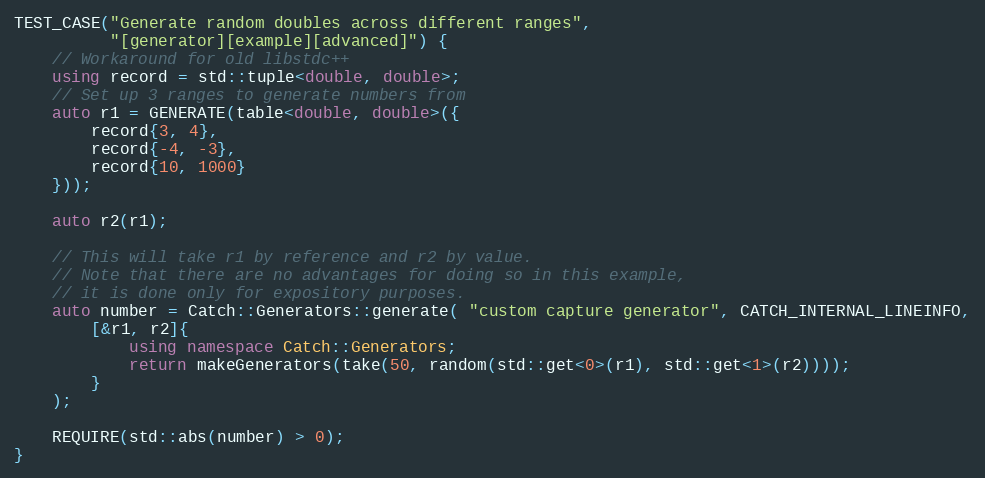
Language: C++
TEST_CASE("Generate random doubles across different ranges",
          "[generator][example][advanced]") {
    // Workaround for old libstdc++
    using record = std::tuple<double, double>;
    // Set up 3 ranges to generate numbers from
    auto r1 = GENERATE(table<double, double>({
        record{3, 4},
        record{-4, -3},
        record{10, 1000}
    }));

    auto r2(r1);

    // This will take r1 by reference and r2 by value.
    // Note that there are no advantages for doing so in this example,
    // it is done only for expository purposes.
    auto number = Catch::Generators::generate( "custom capture generator", CATCH_INTERNAL_LINEINFO,
        [&r1, r2]{
            using namespace Catch::Generators;
            return makeGenerators(take(50, random(std::get<0>(r1), std::get<1>(r2))));
        }
    );

    REQUIRE(std::abs(number) > 0);
}